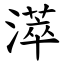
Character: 㵏